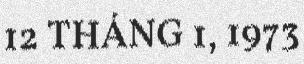
12 THÁNG 1, 1973